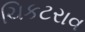
ચિકટરાવ